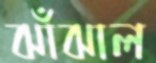
ঝাঁঝাল